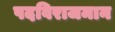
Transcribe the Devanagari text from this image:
पदविराजमान